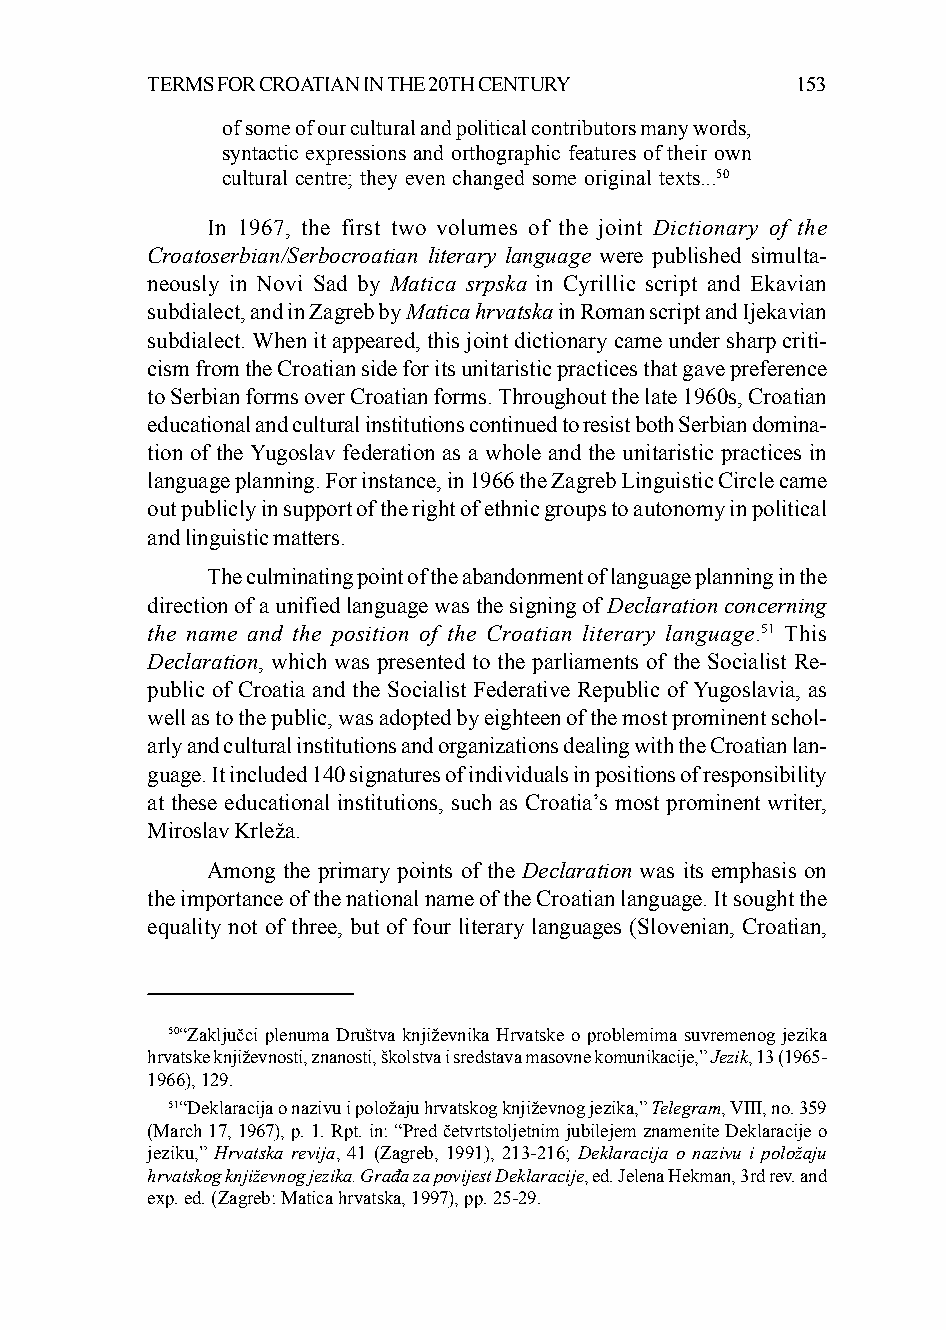
TERMS FOR CROATIAN IN THE 20TH CENTURY     153
 of some of our cultural and political contributors many words,
 syntactic expressions and orthographic features of their own
 cultural centre; they even changed some original texts...50
 In 1967, the first two volumes of the joint Dictionary of the
 Croatoserbian/Serbocroatian literary language were published simulta-
 neously in Novi Sad by Matica srpska in Cyrillic script and Ekavian
 subdialect, and in Zagreb by Matica hrvatska in Roman script and Ijekavian
 subdialect. When it appeared, this joint dictionary came under sharp criti-
 cism from the Croatian side for its unitaristic practices that gave preference
 to Serbian forms over Croatian forms. Throughout the late 1960s, Croatian
 educational and cultural institutions continued to resist both Serbian domina-
 tion of the Yugoslav federation as a whole and the unitaristic practices in
 language planning. For instance, in 1966 the Zagreb Linguistic Circle came
 out publicly in support of the right of ethnic groups to autonomy in political
 and linguistic matters.
 The culminating point of the abandonment of language planning in the
 direction of a unified language was the signing of Declaration concerning
 the name and the position of the Croatian literary language.51 This
 Declaration, which was presented to the parliaments of the Socialist Re-
 public of Croatia and the Socialist Federative Republic of Yugoslavia, as
 well as to the public, was adopted by eighteen of the most prominent schol-
 arly and cultural institutions and organizations dealing with the Croatian lan-
 guage. It included 140 signatures of individuals in positions of responsibility
 at these educational institutions, such as Croatia’s most prominent writer,
 Miroslav Krleža.
 Among the primary points of the Declaration was its emphasis on
 the importance of the national name of the Croatian language. It sought the
 equality not of three, but of four literary languages (Slovenian, Croatian,
 50“Zaključci plenuma Društva književnika Hrvatske o problemima suvremenog jezika
 hrvatske književnosti, znanosti, školstva i sredstava masovne komunikacije,” Jezik, 13 (1965-
 1966), 129.
 51“Deklaracija o nazivu i položaju hrvatskog književnog jezika,” Telegram, VIII, no. 359
 (March 17, 1967), p. 1. Rpt. in: “Pred četvrtstoljetnim jubilejem znamenite Deklaracije o
 jeziku,” Hrvatska revija, 41 (Zagreb, 1991), 213-216; Deklaracija o nazivu i položaju
 hrvatskog književnog jezika. Građa za povijest Deklaracije, ed. Jelena Hekman, 3rd rev. and
 exp. ed. (Zagreb: Matica hrvatska, 1997), pp. 25-29.